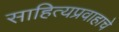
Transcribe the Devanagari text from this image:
साहित्यप्रवाहाचे